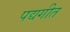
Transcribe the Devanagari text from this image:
पद्यगीत